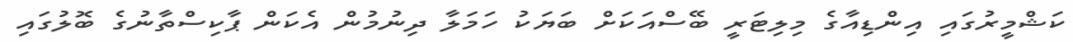
ކަޝްމީރުގައި އިންޑިއާގެ މިލިޓަރީ ބޭސްއަކަށް ބަޔަކު ހަމަލާ ދިނުމުން އެކަން ޕާކިސްތާނުގެ ބޮލުގައި